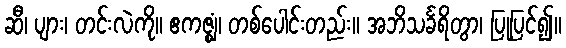
ဆီ၊ ပျား၊ တင်းလဲကို။ ဧကဇ္ဈံ၊ တစ်ပေါင်းတည်း။ အဘိသင်္ခရိတွာ၊ ပြုပြင်၍။